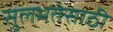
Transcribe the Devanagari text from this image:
सुलभतेसाठी